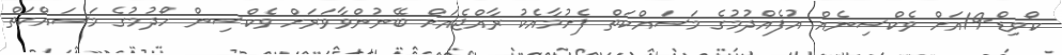
ކޯވިޑް-19އަށް ވެކްސިނެއް އުފެއްދުމުގެ މަސައްކަތް ފެށުމާއެކު ރާއްޖެއަށް ބޭނުންވާވަރަށް ވެކްސިން ހޯދުމުގެ މަސައްކަތް